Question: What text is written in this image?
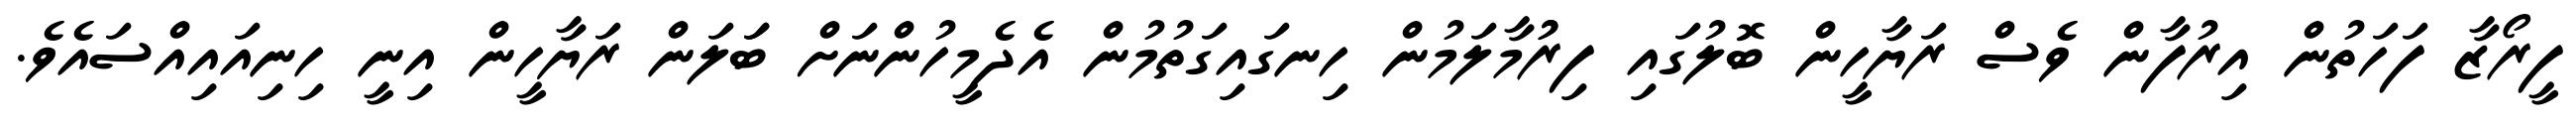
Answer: ފީރޯޒާ ފަހަތުން އިރުފާން ވެސް ރަޔާހީން ބޮލުގައި ފިރުުމާލަމުން ހިނގައިގަތުމުން އެދެމީހުންނަށް ބަަލަން ރަޔާހީން އިނީ ހިނިއައިއްސައެވެ.